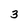
Character: 3